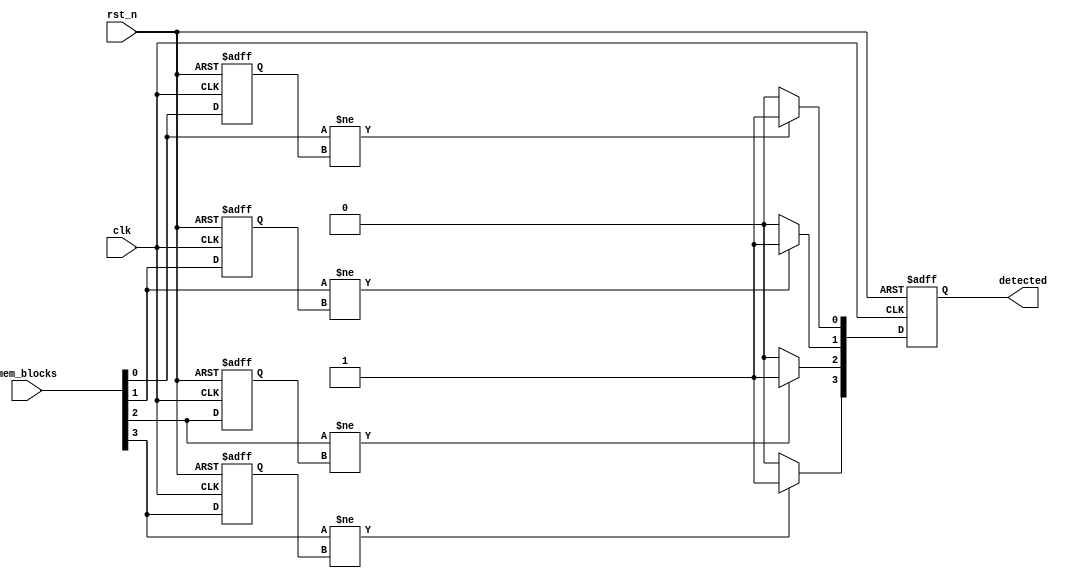
module flip_flop_detector #(
    parameter NUM_BLOCKS = 4, // Number of memory blocks
    parameter BLOCK_WIDTH = 1  // Width of each memory block signal (1 bit)
)(
    input wire clk,                       // Common clock signal
    input wire rst_n,                     // Active low reset signal
    input wire [NUM_BLOCKS*BLOCK_WIDTH-1:0] mem_blocks, // Memory block states
    output reg [NUM_BLOCKS-1:0] detected // Detection output for each block
);

    // Internal registers to store previous states
    reg [BLOCK_WIDTH-1:0] prev_states [0:NUM_BLOCKS-1];

    // Detection logic
    integer i;
    always @(posedge clk or negedge rst_n) begin
        if (!rst_n) begin
            // Reset detected signals and previous states
            detected <= 0;
            for (i = 0; i < NUM_BLOCKS; i = i + 1) begin
                prev_states[i] <= 0;
            end
        end else begin
            // Check for state changes in each memory block
            for (i = 0; i < NUM_BLOCKS; i = i + 1) begin
                if (mem_blocks[i*BLOCK_WIDTH +: BLOCK_WIDTH] != prev_states[i]) begin
                    detected[i] <= 1; // Flip-flop detected
                end else begin
                    detected[i] <= 0; // No flip-flop detected
                end
                // Store the current state for the next comparison
                prev_states[i] <= mem_blocks[i*BLOCK_WIDTH +: BLOCK_WIDTH];
            end
        end
    end

endmodule